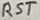
Text: RST